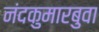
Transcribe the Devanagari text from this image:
नंदकुमारबुवा